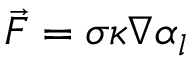
\vec { F } = \sigma \kappa \nabla \alpha _ { l }